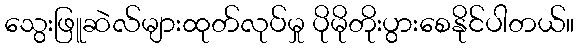
သွေးဖြူဆဲလ်များထုတ်လုပ်မှု ပိုမိုတိုးပွားစေနိုင်ပါတယ်။